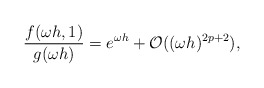
\begin{align*}\frac{f(\omega h,1)}{g(\omega h)} = e^{\omega h} + \mathcal{O}((\omega h)^{2p+2}),\end{align*}